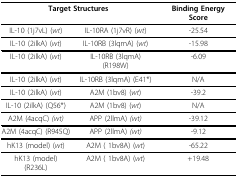
<table><thead><tr><td colspan="2"><b>Target Structures</b></td><td><b>Binding Energy Score</b></td></tr></thead><tbody><tr><td>IL-10 (1j7vL) (<i>wt</i>)</td><td>IL-10RA (1j7vR) (<i>wt</i>)</td><td>-25.54</td></tr><tr><td>IL-10 (2ilkA) (<i>wt</i>)</td><td>IL-10RB (3lqmA) (<i>wt</i>)</td><td>-15.98</td></tr><tr><td>IL-10 (2ilkA) (<i>wt</i>)</td><td>IL-10RB (3lqmA) (R198W)</td><td>-6.09</td></tr><tr><td>IL-10 (2ilkA) (<i>wt</i>)</td><td>IL-10RB (3lqmA) (E41*)</td><td>N/A</td></tr><tr><td>IL-10 (2ilkA) (<i>wt</i>)</td><td>A2M (1bv8) (<i>wt</i>)</td><td>-39.2</td></tr><tr><td>IL-10 (2ilkA) (Q56*)</td><td>A2M (1bv8) (<i>wt</i>)</td><td>N/A</td></tr><tr><td>A2M (4acqC) <i>(wt)</i></td><td>APP (2llmA) <i>(wt)</i></td><td>-39.12</td></tr><tr><td>A2M (4acqC) (R945Q)</td><td>APP (2llmA) <i>(wt)</i></td><td>-9.12</td></tr><tr><td>hK13 (model) (<i>wt</i>)</td><td>A2M ( 1bv8A) (<i>wt</i>)</td><td>-65.22</td></tr><tr><td>hK13 (model) (R236L)</td><td>A2M ( 1bv8A) (<i>wt</i>)</td><td>+19.48</td></tr></tbody></table>